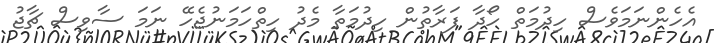
އެހެންނަމަވެސް ހިދުމަތް ހޯދާ ފަރާތުން ހިދުމަތާ މެދު ހިތްހަމަނުޖެހޭ ނަމަ ސާވިސް ޗާޖު